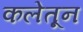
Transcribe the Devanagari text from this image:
कलेतून